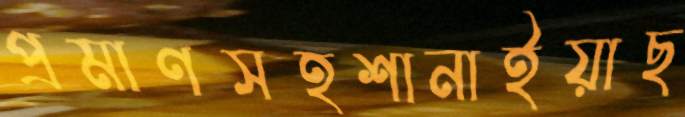
প্রমাণসহশানাইয়াছ